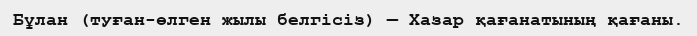
Бұлан (туған-өлген жылы белгісіз) — Хазар қағанатының қағаны.